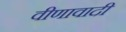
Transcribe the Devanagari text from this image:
वीणावादी